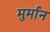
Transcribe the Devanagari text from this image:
मुर्मान